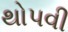
થોપવી